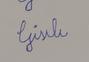
Signature authenticity: forged